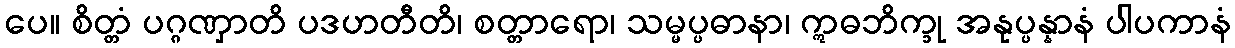
ပေ။ စိတ္တံ ပဂ္ဂဏှာတိ ပဒဟတီတိ၊ စတ္တာရော၊ သမ္မပ္ပဓာနာ၊ ဣဓဘိက္ခု အနုပ္ပန္နာနံ ပါပကာနံ